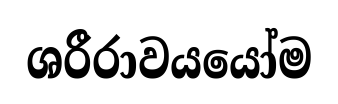
ශරීරාවයයෝම